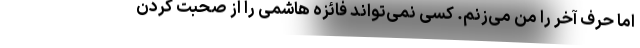
اما حرف آخر را من می‌زنم. کسی نمی‌تواند فائزه هاشمی را از صحبت کردن